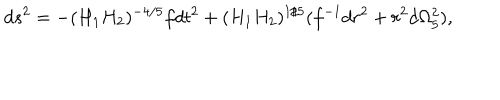
LaTeX: d s ^ { 2 } = - ( H _ { 1 } H _ { 2 } ) ^ { - 4 / 5 } f d t ^ { 2 } + ( H _ { 1 } H _ { 2 } ) ^ { 1 / 5 } ( f ^ { - 1 } d r ^ { 2 } + r ^ { 2 } d \Omega _ { 5 } ^ { 2 } ) ,